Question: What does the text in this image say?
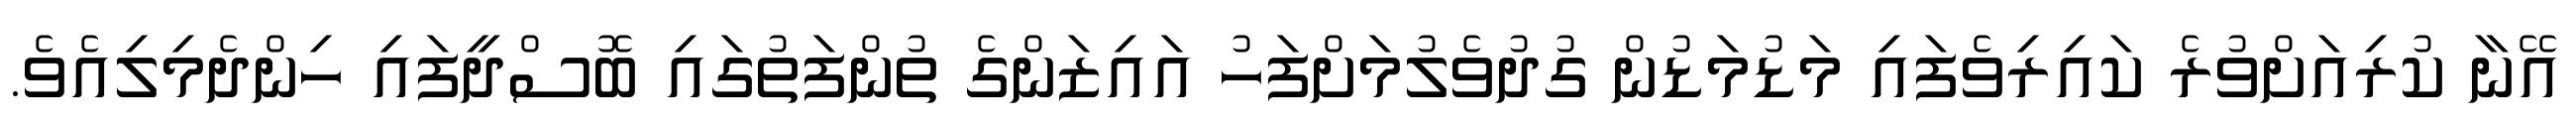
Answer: އޭނާ ކުރިއަށްވުރެ ކައިރިވެފައި މަޑުމަޑުން ގުދުވެލުމަށްފަހު އައިޒަންގެ ތުންފަތުގައި ބޮސްދީފައި ހިންދެމިލިއެވެ.